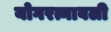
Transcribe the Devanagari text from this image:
योगरत्नावली